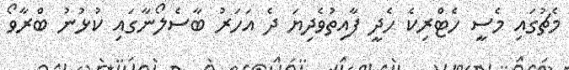
މެޗުގައި މެސީ ހެޓްރިކެ ހެދީ ފާއިތުވެދިޔަ ދެ އަހަރު ބާސެލޯނާގައި ކުޅުނު ބްރާވޯ